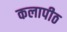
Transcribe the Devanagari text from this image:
कलापीठ